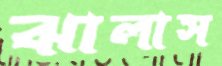
ঝালাস